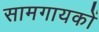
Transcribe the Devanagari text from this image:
सामगायकों